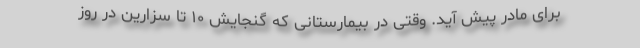
برای مادر پیش ‌آید. وقتی در بیمارستانی که گنجایش ۱۰ تا سزارین در روز